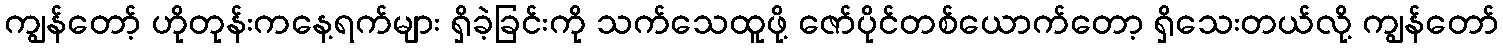
ကျွန်တော့် ဟိုတုန်းကနေ့ရက်များ ရှိခဲ့ခြင်းကို သက်သေထူဖို့ ဇော်ပိုင်တစ်ယောက်တော့ ရှိသေးတယ်လို့ ကျွန်တော်